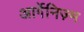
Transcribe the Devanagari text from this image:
आर्गेनिज़्म